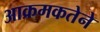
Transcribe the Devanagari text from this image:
आक्रमकतेने